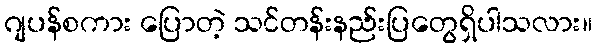
ဂျပန်စကား ပြောတဲ့ သင်တန်းနည်းပြတွေရှိပါသလား။